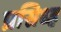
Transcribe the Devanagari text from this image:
प्रसिध्ह